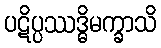
ပဋိပ္ပဿဒ္ဓိမက္ခာသိ